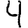
Digit: 4